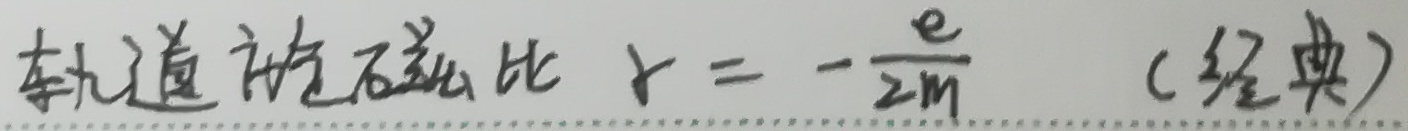
轨道旋磁比 \(\gamma = -\frac{e}{2m}\) （经典）